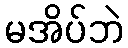
မအိပ်ဘဲ